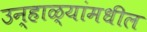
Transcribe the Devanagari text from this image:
उन्हाळ्यांमधील